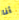
أنا